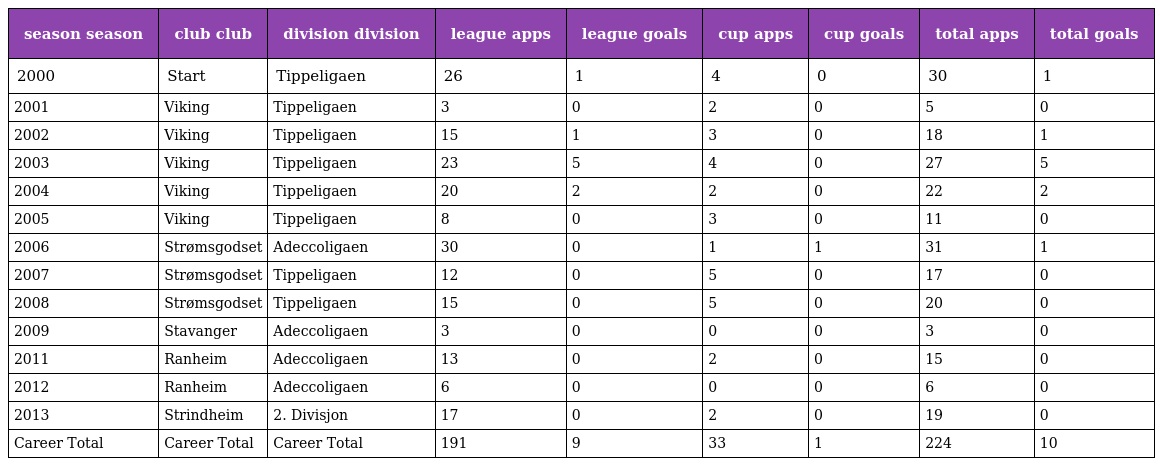
| season season | club club | division division | league apps | league goals | cup apps | cup goals | total apps | total goals |
 | --- | --- | --- | --- | --- | --- | --- | --- | --- |
 | 2000 | Start | Tippeligaen | 26 | 1 | 4 | 0 | 30 | 1 |
 | 2001 | Viking | Tippeligaen | 3 | 0 | 2 | 0 | 5 | 0 |
 | 2002 | Viking | Tippeligaen | 15 | 1 | 3 | 0 | 18 | 1 |
 | 2003 | Viking | Tippeligaen | 23 | 5 | 4 | 0 | 27 | 5 |
 | 2004 | Viking | Tippeligaen | 20 | 2 | 2 | 0 | 22 | 2 |
 | 2005 | Viking | Tippeligaen | 8 | 0 | 3 | 0 | 11 | 0 |
 | 2006 | Strømsgodset | Adeccoligaen | 30 | 0 | 1 | 1 | 31 | 1 |
 | 2007 | Strømsgodset | Tippeligaen | 12 | 0 | 5 | 0 | 17 | 0 |
 | 2008 | Strømsgodset | Tippeligaen | 15 | 0 | 5 | 0 | 20 | 0 |
 | 2009 | Stavanger | Adeccoligaen | 3 | 0 | 0 | 0 | 3 | 0 |
 | 2011 | Ranheim | Adeccoligaen | 13 | 0 | 2 | 0 | 15 | 0 |
 | 2012 | Ranheim | Adeccoligaen | 6 | 0 | 0 | 0 | 6 | 0 |
 | 2013 | Strindheim | 2. Divisjon | 17 | 0 | 2 | 0 | 19 | 0 |
 | Career Total | Career Total | Career Total | 191 | 9 | 33 | 1 | 224 | 10 |